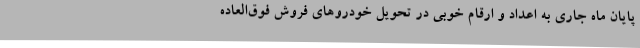
پایان ماه جاری به اعداد و ارقام خوبی در تحویل خودروهای فروش فوق‌العاده